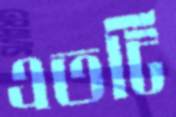
এতটি